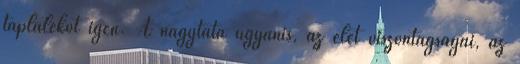
táplálékot igen. A nagytata ugyanis, az élet viszontagságai, az